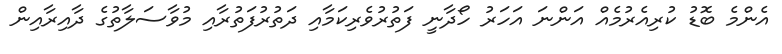
އެންމެ ބޮޑު ކުރިއެރުމެއް އަންނަ އަހަރު ހޯދާނީ ފަތުރުވެރިކަމާއި ދަތުރުފަތުރާއި މުވާސަލާތުގެ ދާއިރާއިން